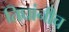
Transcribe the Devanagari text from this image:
तिघांनीच